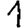
Digit: 1